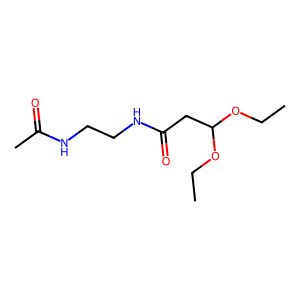
SMILES: CCOC(CC(=O)NCCNC(C)=O)OCC
Inhibits HIV replication: No